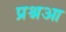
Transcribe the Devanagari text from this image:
प्रश्नआ